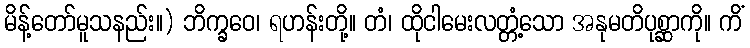
မိန့်တော်မူသနည်း။) ဘိက္ခဝေ၊ ရဟန်းတို့။ တံ၊ ထိုငါမေးလတ္တံ့သော အနုမတိပုစ္ဆာကို။ ကိံ